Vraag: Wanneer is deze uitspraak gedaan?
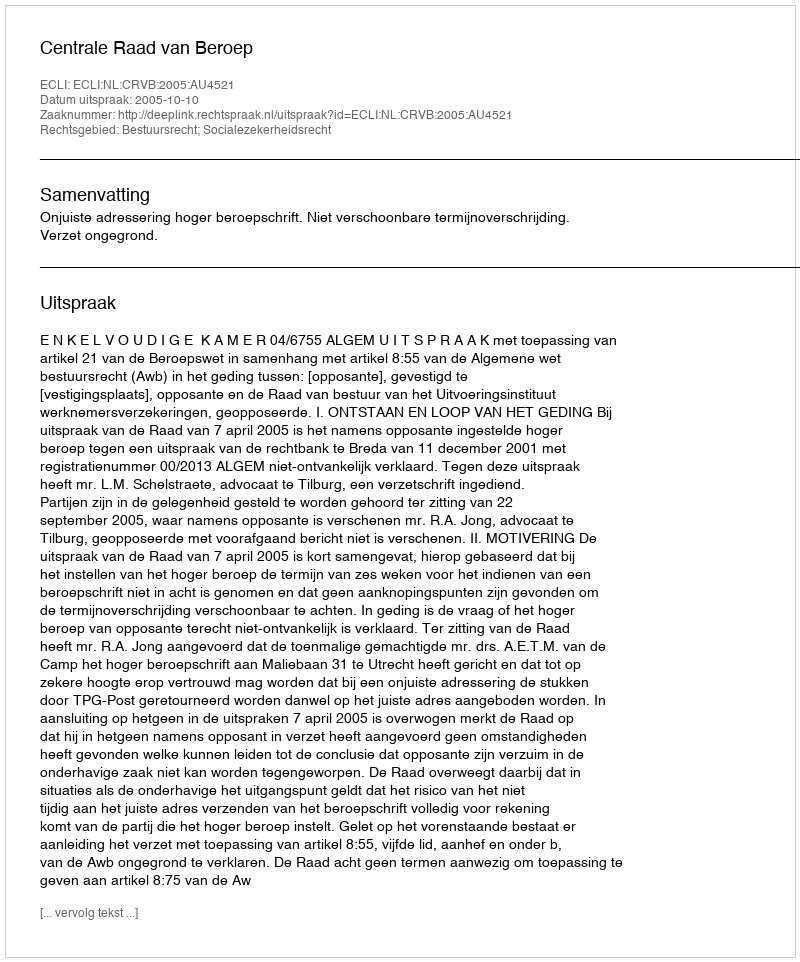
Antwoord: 2005-10-10